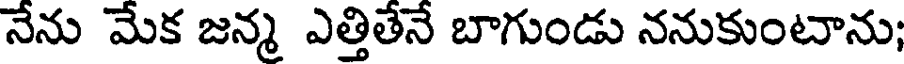
నేను మేక జన్మ ఎత్తితేనే బాగుండు ననుకుంటాను;